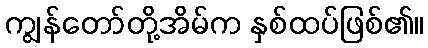
ကျွန်တော်တို့အိမ်က နှစ်ထပ်ဖြစ်၏။